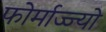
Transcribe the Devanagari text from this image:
फोर्माज्ज्यो